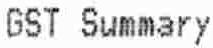
GST SUMMARY